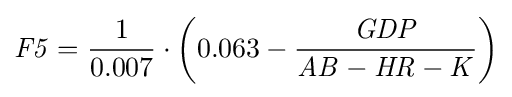
{\mathit {F5}}={1 \over 0.007}\cdot \left(0.063-{{\mathit {GDP}} \over {\mathit {AB}}-{\mathit {HR}}-{\mathit {K}}}\right)